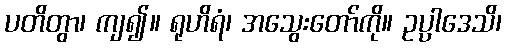
ပတိတွာ၊ ကျ၍။ ရုဟိရံ၊ အသွေးတော်ကို။ ဥပ္ပါဒေသိ၊